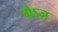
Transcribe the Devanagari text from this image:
ग्रेऽज़